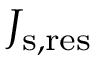
J _ { \mathrm { s , r e s } }